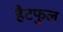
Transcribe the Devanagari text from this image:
हैटफुल